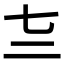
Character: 𰁕